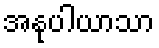
အနုပါယာသာ